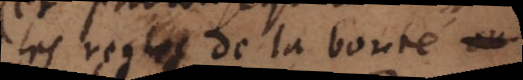
les regles de la bonté